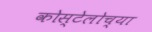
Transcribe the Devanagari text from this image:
कोस्टेलोच्या